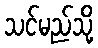
သင်မည်သို့